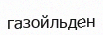
газойльден